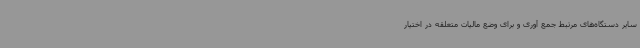
سایر دستگاه‌های مرتبط جمع آوری و برای وضع مالیات متعلقه در اختیار